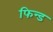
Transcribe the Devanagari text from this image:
फिन्ड